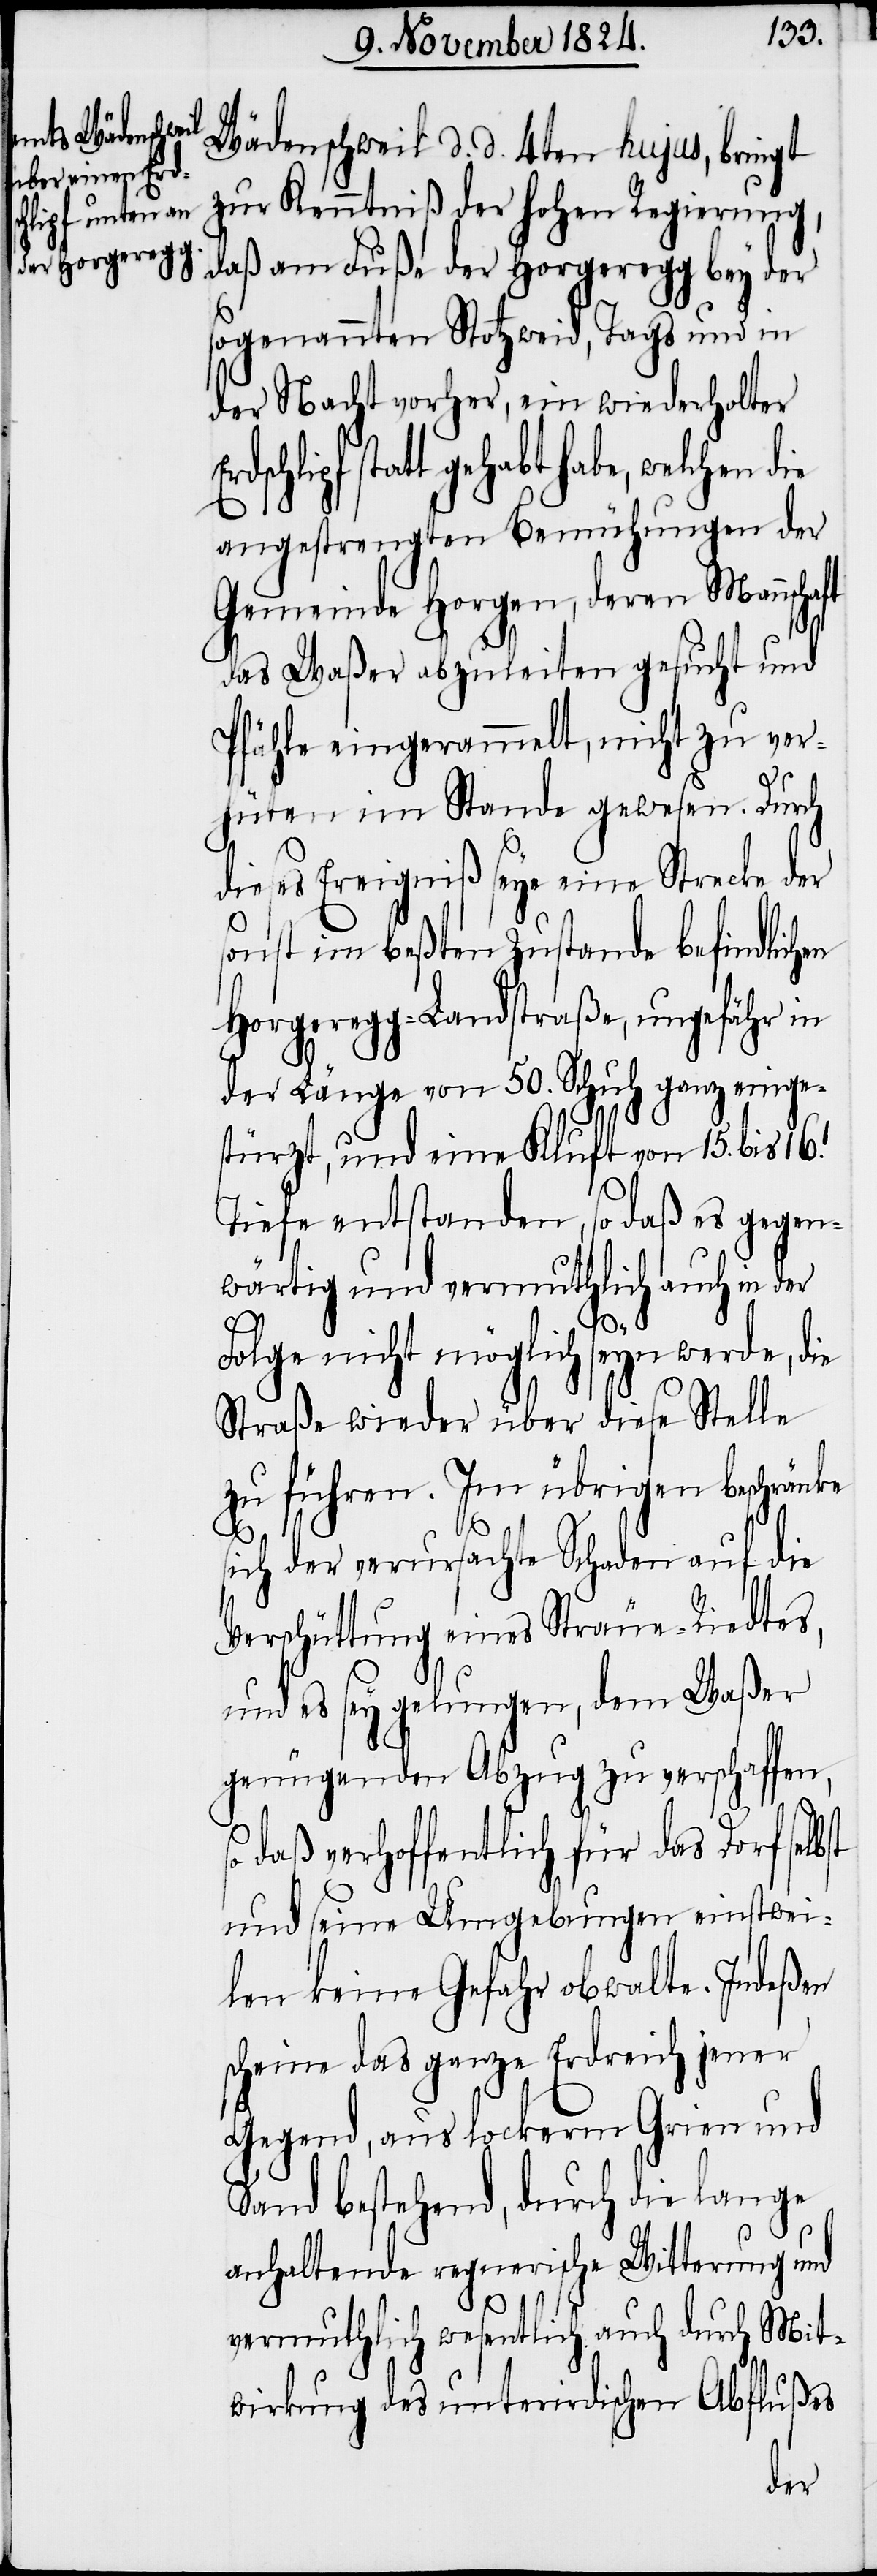
Wädenschweil d. d. 4ten hujus, bringt
zur Kenntniß der hohen Regierung,
sogenannten Stotzweid, Tags und in
der Nacht vorher, ein wiederholter
gehabt habe, welchen die
angestrengten Bemühungen der
Gemeinde Horgen, deren Mannscha¬
das Waßer abzuleiten gesucht und
Pfähle eingerammelt, nicht zu ver¬
hüten im Stande gewesen. Durch
dieses Ereigniß seye eine Strecke der
sonst im beßten Zustande befindlichen
Horgeregg-Landstraße, ungefähr in
der Länge von 50. Schuh ganz einges¬
türzt, und eine Kluft von 15. bis 16.
Tiefe entstanden, so daß es gegen¬
wärtig und vermuthlich auch in der
Folge nicht möglich seyn werde, die
Straße wieder über diese Stelle
zu führen. Im übrigen beschränke
sich der verursachte Schaden auf die
Verschüttung eines Sträue-Riedtes,
und es sey gelungen, dem Waßer
genügenden Abzug zu verschaffen,
so daß verhoffentlich für das Dorf selbst
und seine Umgebungen einstwei¬
len keine Gefahr obwalte. Indeßen
scheine das ganze Erdreich jener
Gegend, aus lockerem Grien und
Sand bestehend, durch die lange
anhaltende regnerische Witterung und
ft
vermuthlich wesentlich auch durch Mit¬
wirkung des unterirdischen Abflußes
der